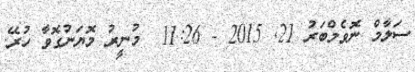
ސަލާމް ނޮވެމްބަރު 21